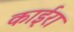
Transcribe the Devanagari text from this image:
काईरा